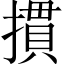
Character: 摜